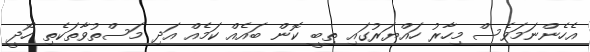
އެހެންނަމަވެސް މިހާރު ހައްޔަރުގައި ތިބީ ކޮން ބައެއް ކަމެއް އަދި މަސްތުވާތަކެތި ހޯދީ